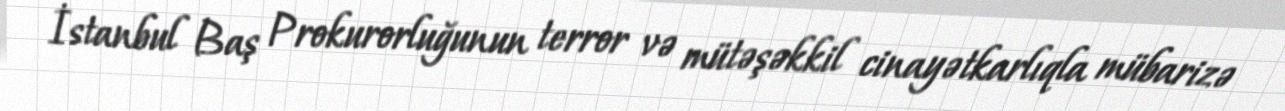
İstanbul Baş Prokurorluğunun terror və mütəşəkkil cinayətkarlıqla mübarizə